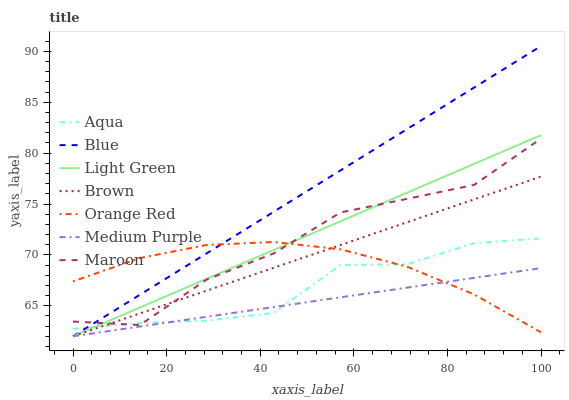
| xaxis_label | Aqua | Blue | Light Green | Brown | Orange Red | Medium Purple | Maroon |
 | --- | --- | --- | --- | --- | --- | --- | --- |
 | 0 | 62.7 | 62 | 62 | 62 | 67.4 | 62 | 63.4 |
 | 14.3 | 63.3 | 66.1 | 64.8 | 64.2 | 69.7 | 63 | 63.1 |
 | 28.6 | 63.5 | 70.2 | 67.6 | 66.5 | 71 | 63.9 | 67.6 |
 | 42.9 | 64.3 | 74.2 | 70.5 | 68.7 | 71.3 | 64.9 | 70.1 |
 | 57.1 | 69 | 78.3 | 73.3 | 71 | 70.6 | 65.8 | 74.2 |
 | 71.4 | 69.1 | 82.4 | 76.1 | 73.2 | 68.8 | 66.8 | 75.5 |
 | 85.7 | 71.1 | 86.5 | 78.9 | 75.5 | 66.1 | 67.7 | 76.9 |
 | 100 | 71.6 | 90.5 | 81.8 | 77.7 | 62.4 | 68.7 | 81.4 |